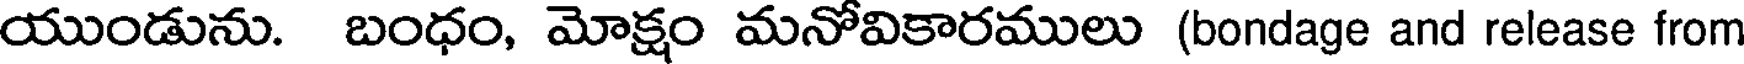
యుండును. బంధం, మోక్షం మనోవికారములు (bondage and release from